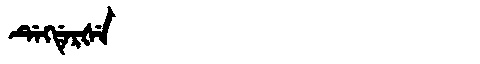
Manchu: ᡩᡝᡴᡩᡝᡵᡧᡝ
Romanization: DEKDERŠE